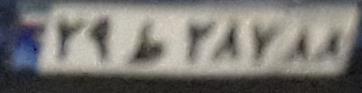
۲۹ط۲۸۷۸۸